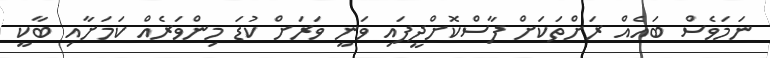
ނަމަވެސް ބައެއް ރަށްތަކަށް ފާސްކޮށްދީފައި ވަނީ ވަރަށް ކުޑަ މިންވަރެއް ކަމަށާއި ބާކީ